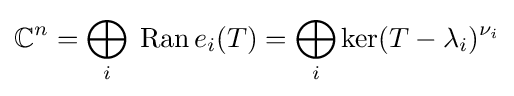
\mathbb {C} ^{n}=\bigoplus _{i}\;\operatorname {Ran} e_{i}(T)=\bigoplus _{i}\ker(T-\lambda _{i})^{\nu _{i}}